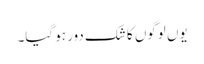
یوں لوگوں کا شک دور ہو گیا۔